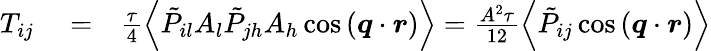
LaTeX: \begin{array}{rlr}{T_{ij}}&{{}=}&{\frac{\tau}{4}\left\langle\tilde{P}_{il}A_{l}\tilde{P}_{jh}A_{h}\cos{(\boldsymbol{q}\cdot\boldsymbol{r})}\right\rangle=\frac{A^{2}\tau}{12}\left\langle\tilde{P}_{ij}\cos{(\boldsymbol{q}\cdot\boldsymbol{r})}\right\rangle}\end{array}